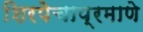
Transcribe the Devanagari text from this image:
शिरपेचाप्रमाणे